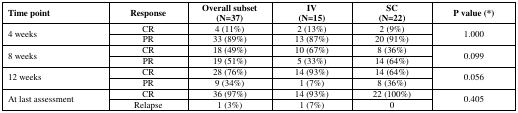
<table><thead><tr><td><b>Time point</b></td><td><b>Response</b></td><td><b>Overall subset (N=37)</b></td><td><b>IV (N=15)</b></td><td><b>SC (N=22)</b></td><td><b>P value (*)</b></td></tr></thead><tbody><tr><td rowspan="2">4 weeks</td><td>CR</td><td>4 (11%)</td><td>2 (13%)</td><td>2 (9%)</td><td rowspan="2">1.000</td></tr><tr><td>PR</td><td>33 (89%)</td><td>13 (87%)</td><td>20 (91%)</td></tr><tr><td rowspan="2">8 weeks</td><td>CR</td><td>18 (49%)</td><td>10 (67%)</td><td>8 (36%)</td><td rowspan="2">0.099</td></tr><tr><td>PR</td><td>19 (51%)</td><td>5 (33%)</td><td>14 (64%)</td></tr><tr><td rowspan="2">12 weeks</td><td>CR</td><td>28 (76%)</td><td>14 (93%)</td><td>14 (64%)</td><td rowspan="2">0.056</td></tr><tr><td>PR</td><td>9 (34%)</td><td>1 (7%)</td><td>8 (36%)</td></tr><tr><td rowspan="2">At last assessment</td><td>CR</td><td>36 (97%)</td><td>14 (93%)</td><td>22 (100%)</td><td rowspan="2">0.405</td></tr><tr><td>Relapse</td><td>1 (3%)</td><td>1 (7%)</td><td>0</td></tr></tbody></table>